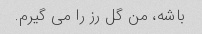
باشه، من گل رز را می گیرم.